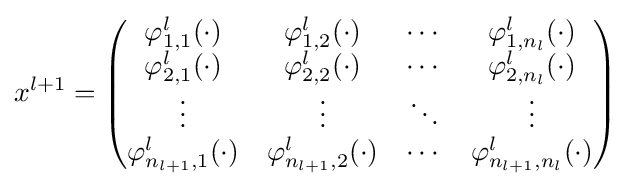
x^{l+1}={\begin{pmatrix}\varphi _{1,1}^{l}(\cdot )&\varphi _{1,2}^{l}(\cdot )&\cdots &\varphi _{1,n_{l}}^{l}(\cdot )\\\varphi _{2,1}^{l}(\cdot )&\varphi _{2,2}^{l}(\cdot )&\cdots &\varphi _{2,n_{l}}^{l}(\cdot )\\\vdots &\vdots &\ddots &\vdots \\\varphi _{n_{l+1},1}^{l}(\cdot )&\varphi _{n_{l+1},2}^{l}(\cdot )&\cdots &\varphi _{n_{l+1},n_{l}}^{l}(\cdot )\end{pmatrix}}